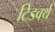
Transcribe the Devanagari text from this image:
टिडवर्थ